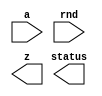

////////////////////////////////////////////////////////////////////////////////
//
//       This confidential and proprietary software may be used only
//     as authorized by a licensing agreement from Synopsys Inc.
//     In the event of publication, the following notice is applicable:
//
//                    (C) COPYRIGHT 2006 - 2016 SYNOPSYS INC.
//                           ALL RIGHTS RESERVED
//
//       The entire notice above must be reproduced on all authorized
//     copies.
//
//
// VERSION:   Verilog Simulation Model for DW_fp_i2flt
//
// DesignWare_version: 53eb9285
// DesignWare_release: K-2015.06-DWBB_201506.5.2
//
////////////////////////////////////////////////////////////////////////////////

//-----------------------------------------------------------------------------
//
// ABSTRACT:  Integer Number Format to Floatin-point Number Format
// Converter
//
//              This converts an integer number to a floating-point
//              number. Both 2's complement signed integer and unsigned
//              integer are supported.
//
//              parameters      valid values (defined in the DW manual)
//              ==========      ============
//              sig_width       significand size,  2 to 253 bits
//              exp_width       exponent size,     3 to 31 bits
//              isize           integer size,      3 to 512 bits
//              isign           signed/unsigned number flag
//                              0 - unsigned, 1 - signed integer (2's complement)
//
//              Input ports     Size & Description
//              ===========     ==================
//              a               (isize)-bits
//                              Integer Input
//              rnd             3 bits
//                              Rounding Mode Input
//              z               (sig_width + exp_width + 1)-bits
//                              Floating-point Number Output
//              status          8 bits
//                              Status Flags Output
//
// MODIFIED:
//
//	8/1/2012    RJK - Tightened isize restriction as per STAR 9000557637
//-----------------------------------------------------------------------------

module DW_fp_i2flt (a, rnd, z, status);

  parameter sig_width = 23;  // RANGE 2 TO 253
  parameter exp_width = 8;   // RANGE 3 TO 31
  parameter isize = 32;      // RANGE 3 TO 512
  parameter isign = 1;	     // RANGE 0 TO 1
                             // 0 : unsigned, 1 : signed
  input  [isize-1:0] a;
  input  [2:0] rnd; 
  output [exp_width + sig_width:0] z;
  output [7:0] status; 

  // synopsys translate_off


  `define Mwidth  (sig_width + 4)
  `define Movf    (`Mwidth - 1)
  `define ML      2
  `define MR      1
  `define MS      0
  `define rnd_Width  4
  `define rnd_Inc  0
  `define rnd_Inexact  1
  `define rnd_HugeInfinity  2
  `define rnd_TinyminNorm  3
  `define ai_lsb ((isize - sig_width - 2 >= 0) ? isize - sig_width - 2 : 0)
	    
  // --------------------------------------------------------------------
  

  //-------------------------------------------------------------------------
  // Parameter legality check
  //-------------------------------------------------------------------------
    
 
  initial begin : parameter_check
    integer param_err_flg;

    param_err_flg = 0;
    
      
    if ( (sig_width < 2) || (sig_width > 253) ) begin
      param_err_flg = 1;
      $display(
	"ERROR: %m :\n  Invalid value (%d) for parameter sig_width (legal range: 2 to 253)",
	sig_width );
    end
      
    if ( (exp_width < 3) || (exp_width > 31) ) begin
      param_err_flg = 1;
      $display(
	"ERROR: %m :\n  Invalid value (%d) for parameter exp_width (legal range: 3 to 31)",
	exp_width );
    end
     
    if ( (isize < 3+isign) || (isize > 512) ) begin
      param_err_flg = 1;
      $display(
	"ERROR: %m : Parameter isize must be at least 3+isign and no greater than 512" );
    end 
      
    if ( (isign < 0) || (isign > 1) ) begin
      param_err_flg = 1;
      $display(
	"ERROR: %m :\n  Invalid value (%d) for parameter isign (legal range: 0 to 1)",
	isign );
    end
    
    if ( param_err_flg == 1) begin
      $display(
        "%m :\n  Simulation aborted due to invalid parameter value(s)");
      $finish;
    end

  end // parameter_check 

  //---------------------------------------------------------------------


  
  function [`rnd_Width-1:0] rnd_eval;
  
    input [2:0] rnd;
    input [0:0] Sign;
    input [0:0] L,R,stk;
    
    
    begin
      rnd_eval[`rnd_Inc] = 0;
      rnd_eval[`rnd_Inexact] = R|stk;
      rnd_eval[`rnd_HugeInfinity] = 0;
      rnd_eval[`rnd_TinyminNorm] = 0;
      
      if ($time > 0) 
      begin
        case (rnd)
          3'b000:
          begin
            // round to nearest (even)
            rnd_eval[`rnd_Inc] = R&(L|stk);
            rnd_eval[`rnd_HugeInfinity] = 1;
            rnd_eval[`rnd_TinyminNorm] = 0;
          end
          3'b001:
          begin
            // round to zero
            rnd_eval[`rnd_Inc] = 0;
            rnd_eval[`rnd_HugeInfinity] = 0;
            rnd_eval[`rnd_TinyminNorm] = 0;
          end
          3'b010:
          begin
            // round to positive infinity
            rnd_eval[`rnd_Inc] = ~Sign & (R|stk);
            rnd_eval[`rnd_HugeInfinity] = ~Sign;
            rnd_eval[`rnd_TinyminNorm] = ~Sign;
          end
          3'b011:
          begin
            // round to negative infinity
            rnd_eval[`rnd_Inc] = Sign & (R|stk);
            rnd_eval[`rnd_HugeInfinity] = Sign;
            rnd_eval[`rnd_TinyminNorm] = Sign;
          end
          3'b100:
          begin
            // round to nearest (up)
            rnd_eval[`rnd_Inc] = R;
            rnd_eval[`rnd_HugeInfinity] = 1;
            rnd_eval[`rnd_TinyminNorm] = 0;
          end
          3'b101:
          begin
            // round away form 0
            rnd_eval[`rnd_Inc] = R|stk;
            rnd_eval[`rnd_HugeInfinity] = 1;
            rnd_eval[`rnd_TinyminNorm] = 1;
          end
          default:
          begin
            $display("Error! illegal rounding mode.\n");
            $display("a : %b", a);
            $display("rnd : %b", rnd);
          end
        endcase
      end
    end
  endfunction

  // --------------------------------------------------------------------
  
  reg [isize-1:0] Ai;
  reg [8    -1:0] status_reg; 
  reg [(exp_width + sig_width):0] z_reg;
  reg [isize-1:0] LZ;
  reg [isize-1:0] num;
  reg [`Mwidth-1:0] Mf;			// Mantissa for floating points.
  reg [exp_width:0] EXP;
  reg [0:0] STK;
  reg [`rnd_Width-1:0] rnd_val;
  
  // --------------------------------------------------------------------
  
  always @(a or rnd)
  begin
    Ai = a;
    status_reg = 0;
    LZ = 0;
    Mf = 0;
    EXP = 0;
    STK = 0;
  
    if (Ai === 0)				// Exact Zero
      begin
      status_reg[0] = 1; z_reg = 0; 
      end 
    else					// Nonzero Integer
      begin
      // Convert signed integer (two's complement) to unsigned magnitude representation.
      // Set the sign bit of Floating Point Number.
      if (isign === 1)		// Signed
        begin
        if(Ai[isize-1] === 1)
          begin
          Ai = ~Ai + 1;
          z_reg[(exp_width + sig_width)] = 1;
          end
        else
          begin
          z_reg[(exp_width + sig_width)] = 0;
          end
        end
      else				// Unsigned
        begin
        z_reg[(exp_width + sig_width)] = 0;
        end
  
      // Convert the unsigned magnitude representation to floating point format.
      // Left shift to normalize Ai.
      while(Ai[isize-1] != 1)
        begin
        Ai = Ai << 1;
        LZ = LZ + 1;
        end
  
      // Calculate the Biased Exponent.
      if(isize - 1 - LZ + ((1 << (exp_width-1)) - 1) >= ((((1 << (exp_width-1)) - 1) * 2) + 1))
        EXP = ((((1 << (exp_width-1)) - 1) * 2) + 1);
      else
        EXP = isize - 1 - LZ + ((1 << (exp_width-1)) - 1);
  
      // Converts integer to fraction.
      if(isize <= sig_width+2)
        // If the Mantissa fraction (sig_width+2) is big enough to hold Ai,
        // Left adjustment at `Movf-1: `Movf-1-(isize-1) = `Movf-isize >= 1
        begin
        Mf[`Movf-1:0] = Ai << (`Movf-isize);
        end
      else
        // If the Mantissa fraction (sig_width+2) is NOT big enough to hold Ai,
        // calculate the STK.
        begin
        Mf[`Movf-1:`MR] = Ai[isize-1:`ai_lsb];
        STK = 0;
        num = isize-sig_width-3;	// the mininum is 0.
        while(num !== 0)
          begin
          STK = STK | Ai[num];
          num = num - 1;
          end
        STK = STK | Ai[num];
        Mf[`MS] = STK;
        end
  
      // Round the Mantissa according to the rounding modes.
      rnd_val = rnd_eval(rnd, z_reg[(exp_width + sig_width)], Mf[`ML], Mf[`MR], Mf[`MS]);
      if (rnd_val[`rnd_Inc] === 1) Mf = Mf + (1<<`ML);
      status_reg[5] = rnd_val[`rnd_Inexact];
  
      // Normalize the Mantissa for overflow case after rounding.
      if ( (Mf[`Movf] === 1) )
        begin
        EXP = EXP + 1;
        Mf = Mf >> 1;
        end
  
      // Note: "Tiny" situation doesn't exist.
      if(EXP >= ((((1 << (exp_width-1)) - 1) * 2) + 1))			// Huge
        begin
        status_reg[4] = 1;
        status_reg[5] = 1;
        if(rnd_val[`rnd_HugeInfinity] === 1)
          begin
          // Infinity
          EXP = ((((1 << (exp_width-1)) - 1) * 2) + 1);
          //Mf[`Movf-2:`ML] = -1;
          Mf[`Movf-2:`ML] = 0;
          status_reg[1] = 1;
          end
        else
          begin
          // MaxNorm
          EXP = ((((1 << (exp_width-1)) - 1) * 2) + 1) - 1;
          Mf[`Movf-2:`ML] = -1;
          end
        end
  
      z_reg = {z_reg[(exp_width + sig_width)],EXP[exp_width-1:0],Mf[`Movf-2:`ML]};
      end
  end
  
  assign status = status_reg;
  assign z = z_reg;

  `undef Mwidth
  `undef Movf
  `undef ML
  `undef MR
  `undef MS
  `undef rnd_Width
  `undef rnd_Inc
  `undef rnd_Inexact
  `undef rnd_HugeInfinity
  `undef rnd_TinyminNorm
  `undef ai_lsb

  // synopsys translate_on
  
 endmodule